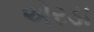
એરડા